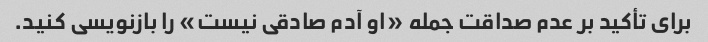
برای تأکید بر عدم صداقت جمله «او آدم صادقی نیست» را بازنویسی کنید.